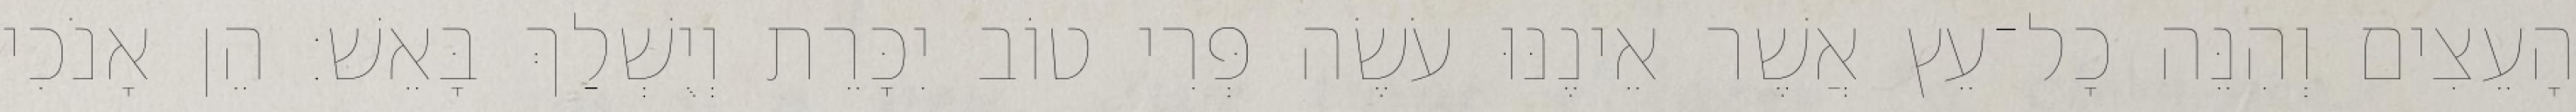
הָעֵצִים וְהִנֵּה כָל־עֵץ אֲשֶׁר אֵינֶנּוּ עֹשֶׂה פְּרִי טוֹב יִכָּרֵת וְיֻשְׁלַךְ בָּאֵשׁ׃ הֵן אָנֹכִי